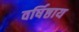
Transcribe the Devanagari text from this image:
वर्षिष्ठाय